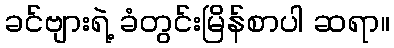
ခင်ဗျားရဲ့ ခံတွင်းမြိန်စာပါ ဆရာ။